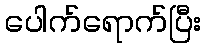
ပေါက်ရောက်ပြီး